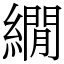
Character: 繝